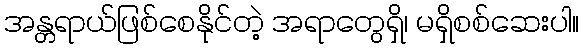
အန္တရာယ်ဖြစ်စေနိုင်တဲ့ အရာတွေရှိ၊ မရှိစစ်ဆေးပါ။